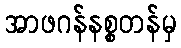
အာဖဂန်နစ္စတန်မှ